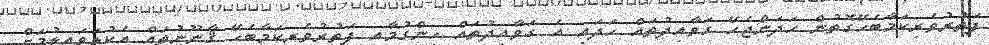
ފަތުރުވެރިކަމާބެހޭގޮތުން ހަދަންޖެހޭ ގަވާއިދުތައް ހަދައި އެ ގަވާއިދުތައް ހިންގުމާއި ފަތުރުވެރިކަމާބެހޭ ޤާނޫނުތައް އެކުލަވައިލުމަށް